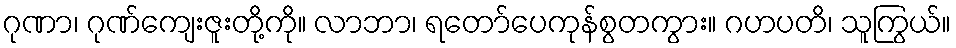
ဂုဏာ၊ ဂုဏ်ကျေးဇူးတို့ကို။ လာဘာ၊ ရတော်ပေကုန်စွတကွား။ ဂဟပတိ၊ သူကြွယ်။